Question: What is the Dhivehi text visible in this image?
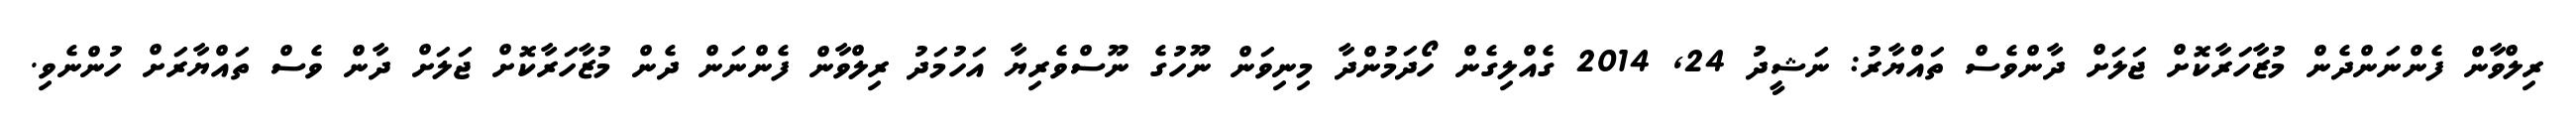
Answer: ރިލްވާން ފެންނަންދެން މުޒާހަރާކޮށް ޖަލަށް ދާންވެސް ތައްޔާރު: ނަޝީދު 24, 2014 ގެއްލިގެން ހޯދަމުންދާ މިނިވަން ނޫހުގެ ނޫސްވެރިޔާ އަހުމަދު ރިލްވާން ފެންނަން ދެން މުޒާހަރާކޮށް ޖަލަށް ދާން ވެސް ތައްޔާރަށް ހުންނެވި.